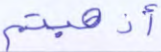
أذهبتم